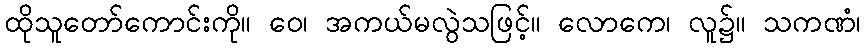
ထိုသူတော်ကောင်းကို။ ဝေ၊ အကယ်မလွဲသဖြင့်။ လောကေ၊ လူ၌။ သကဏံ၊